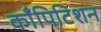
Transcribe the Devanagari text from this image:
काँपिटिशन